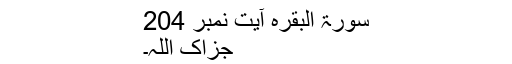
سورۃ البقرہ آیت نمبر 204​
جزاک اللہ۔